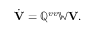
\dot { \mathbf V } = \mathbb { Q } ^ { v v } \mathbb { W } { \mathbf V } .